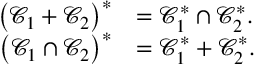
\begin{array} { r l } { \left( \mathcal { C } _ { 1 } + \mathcal { C } _ { 2 } \right) ^ { \ast } } & { = \mathcal { C } _ { 1 } ^ { \ast } \cap \mathcal { C } _ { 2 } ^ { \ast } . } \\ { \left( \mathcal { C } _ { 1 } \cap \mathcal { C } _ { 2 } \right) ^ { \ast } } & { = \mathcal { C } _ { 1 } ^ { \ast } + \mathcal { C } _ { 2 } ^ { \ast } . } \end{array}